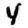
Digit: 4